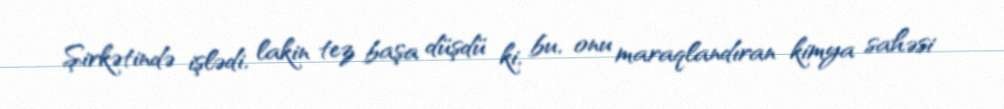
Şirkətində işlədi, lakin tez başa düşdü ki, bu, onu maraqlandıran kimya sahəsi